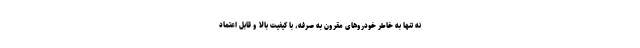
نه تنها به خاطر خودروهای مقرون به صرفه، با کیفیت بالا و قابل اعتماد